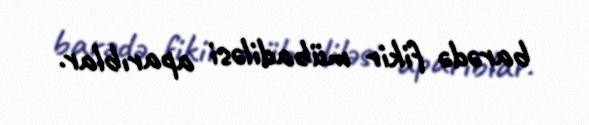
barədə fikir mübadiləsi aparıblar.